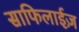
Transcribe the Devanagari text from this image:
साफिलाईज़